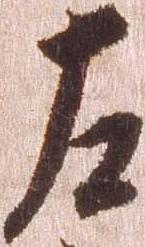
左